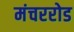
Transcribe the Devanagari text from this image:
मंचररोड